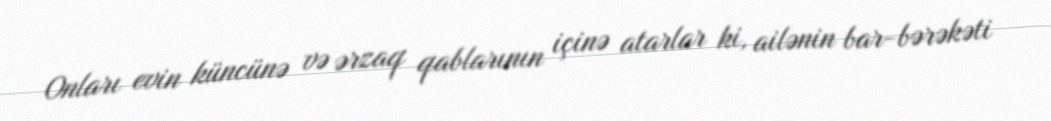
Onları evin küncünə və ərzaq qablarının içinə atarlar ki, ailənin bar-bərəkəti